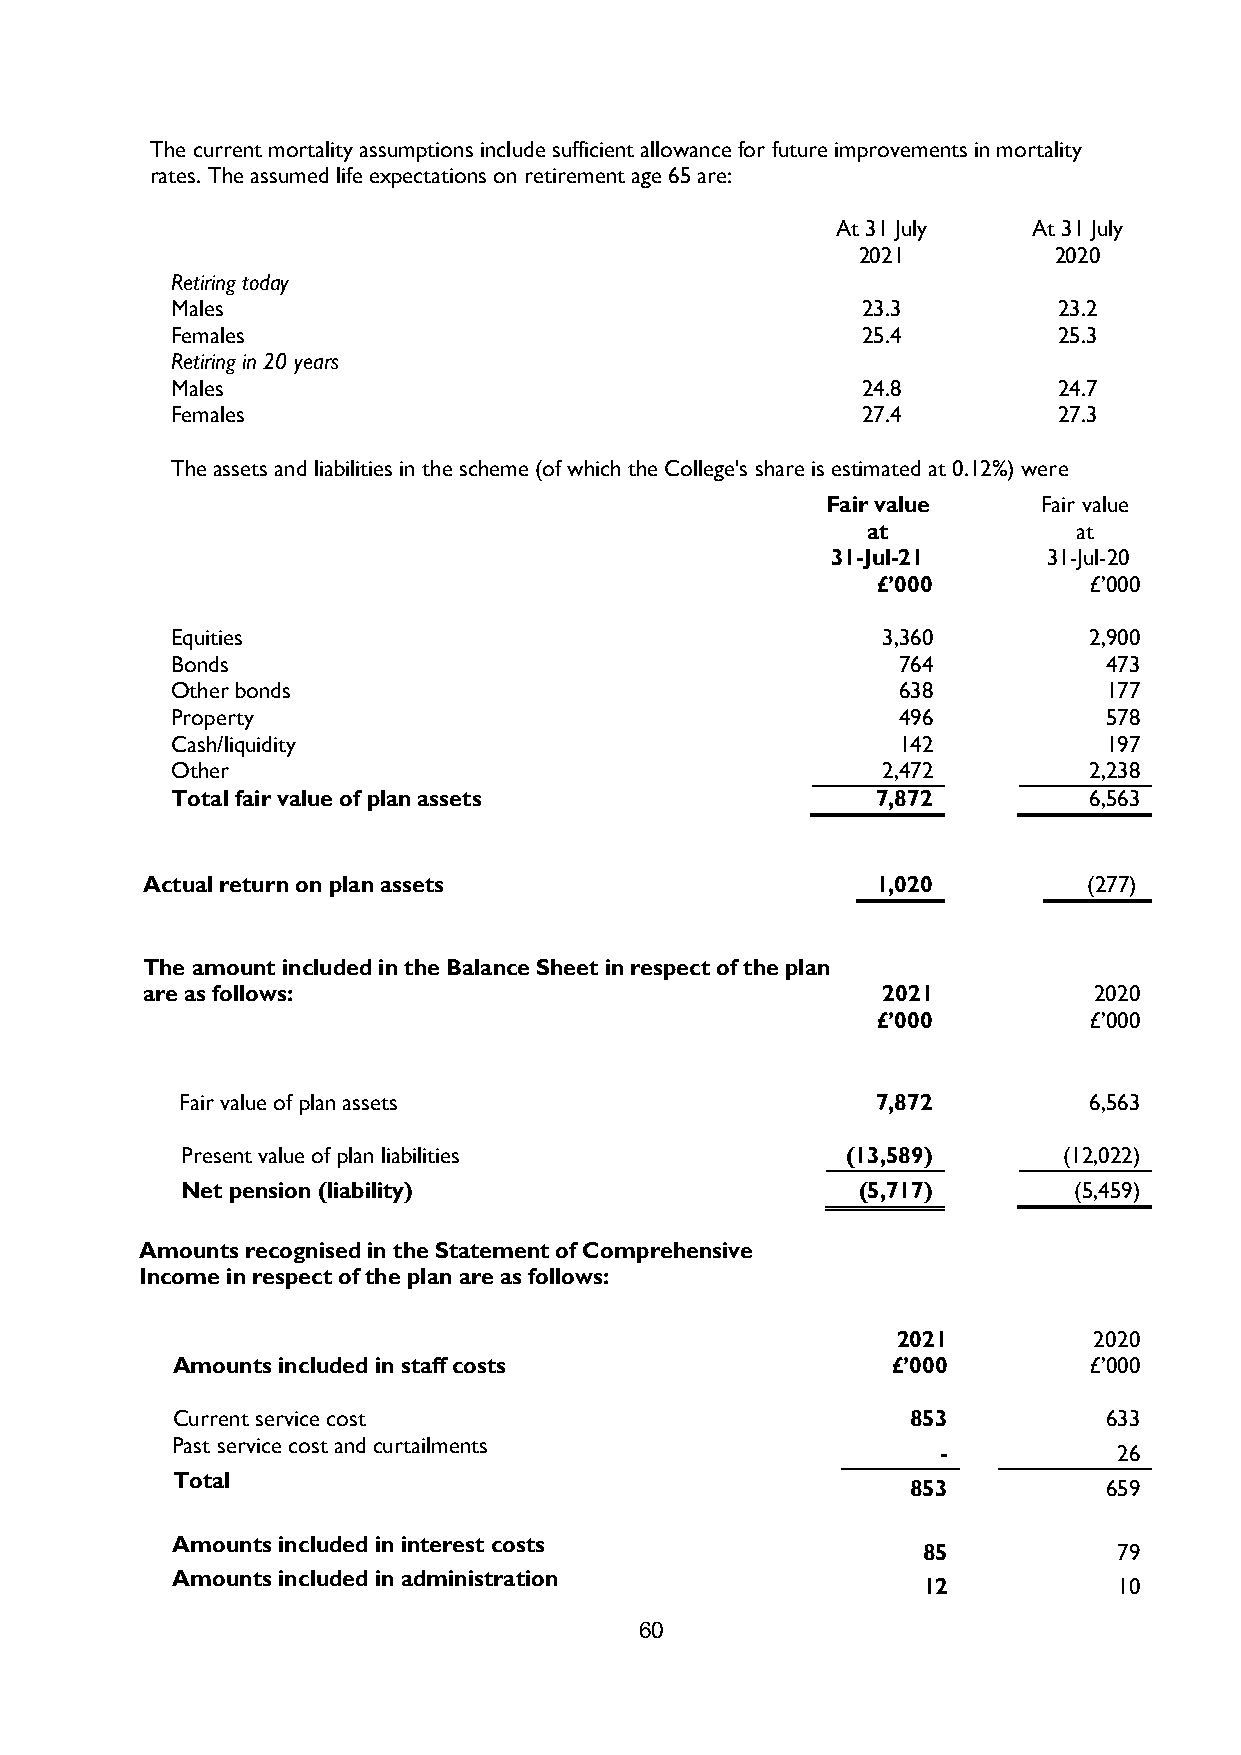
The current mortality assumptions include sufficient allowance for future improvements in mortality
 rates. The assumed life expectations on retirement age 65 are:
 At 31 July   At 31 July
 2021         2020
 Retiring today
 Males                                         23.3         23.2
 Females                                       25.4         25.3
 Retiring in 20 years
 Males                                         24.8         24.7
 Females                                       27.4         27.3
 The assets and liabilities in the scheme (of which the College's share is estimated at 0.12%) were
 Fair value    Fair value
 at            at
 31-Jul-21     31-Jul-20
 £’000         £’000
 Equities                                       3,360         2,900
 Bonds                                           764           473
 Other bonds                                     638           177
 Property                                        496           578
 Cash/liquidity                                  142           197
 Other                                          2,472         2,238
 Total fair value of plan assets                7,872         6,563
 Actual return on plan assets                     1,020         (277)
 The amount included in the Balance Sheet in respect of the plan
 are as follows:                                  2021          2020
 £’000         £’000
 Fair value of plan assets                     7,872         6,563
 Present value of plan liabilities           (13,589)      (12,022)
 Net pension (liability)                      (5,717)       (5,459)
 Amounts recognised in the Statement of Comprehensive
 Income in respect of the plan are as follows:
 2021         2020
 Amounts included in staff costs                 £’000        £’000
 Current service cost                             853          633
 Past service cost and curtailments
 -           26
 Total
 853          659
 Amounts included in interest costs
 85           79
 Amounts included in administration
 12           10
 60